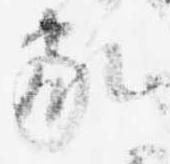
家